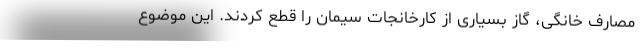
مصارف خانگی، گاز بسیاری از کارخانجات سیمان را قطع کردند. این موضوع